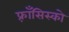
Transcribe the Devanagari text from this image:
फ़्राँसिस्को